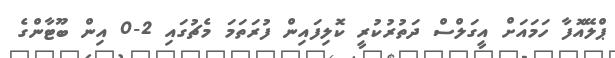
ޕްލޭއޮފާ ހަމައަށް އީގަލްސް ދަތުރުކުރީ ކޮލިފައިން ފުރަތަމަ މެޗުގައި 2-0 އިން ބޫޓާންގެ